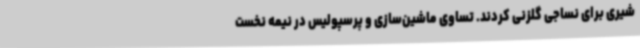
شیری برای نساجی گلزنی کردند. تساوی ماشین‌سازی و پرسپولیس در نیمه نخست